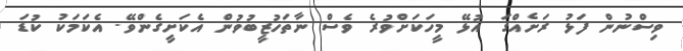
ވިސްނުން ފަޅު ރަށެއްގަ އުޅޭ މީހަކަށްވުރެ ވެސް ނާތަހުޒީބުވުން އެކަށީގެންވޭ. އެކަމަކު ކުޑަ